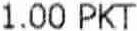
1.00 PKT